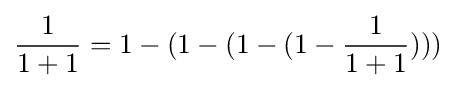
{\frac {1}{1+1}}=1-(1-(1-(1-{\frac {1}{1+1}})))